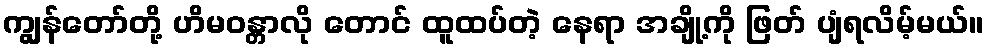
ကျွန်တော်တို့ ဟိမဝန္တာလို တောင် ထူထပ်တဲ့ နေရာ အချို့ကို ဖြတ် ပျံရလိမ့်မယ်။